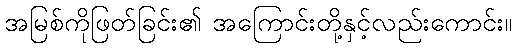
အမြစ်ကိုဖြတ်ခြင်း၏ အကြောင်းတို့နှင့်လည်းကောင်း။